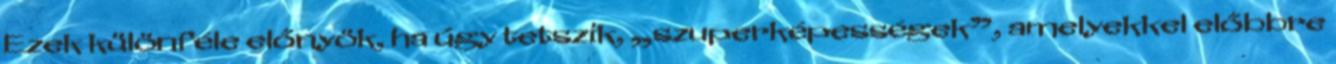
Ezek különféle előnyök, ha úgy tetszik, „szuperképességek”, amelyekkel előbbre